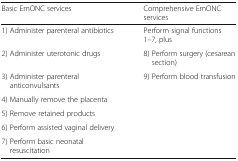
<table><thead><tr><td><b>Basic EmONC services</b></td><td><b>Comprehensive EmONC services</b></td></tr></thead><tbody><tr><td>1) Administer parenteral antibiotics</td><td>Perform signal functions 1–7, plus</td></tr><tr><td>2) Administer uterotonic drugs</td><td>8) Perform surgery (cesarean section)</td></tr><tr><td>3) Administer parenteral anticonvulsants</td><td>9) Perform blood transfusion</td></tr><tr><td>4) Manually remove the placenta</td><td>[EMPTY_CELL]</td></tr><tr><td>5) Remove retained products</td><td>[EMPTY_CELL]</td></tr><tr><td>6) Perform assisted vaginal delivery</td><td>[EMPTY_CELL]</td></tr><tr><td>7) Perform basic neonatal resuscitation</td><td>[EMPTY_CELL]</td></tr></tbody></table>